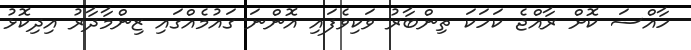
ހާއްސަ ކޮށް ރާއްޖެ ކަހަކަ ތިންބާރު ވަކިވެފައި އޮންނަ ގައުމެއްގައި ޒިންމާދާރު އިދިކޮޅު